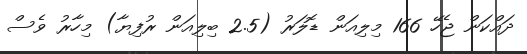
ދައްކަން ޖެހޭ 166 މިލިއަން ޑޮލަރު (2.5 ބިލިއަން ރުފިޔާ) މިހާރު ވެސް